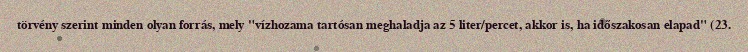
törvény szerint minden olyan forrás, mely "vízhozama tartósan meghaladja az 5 liter/percet, akkor is, ha időszakosan elapad" (23.